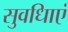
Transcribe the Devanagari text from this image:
सुवधिाएं